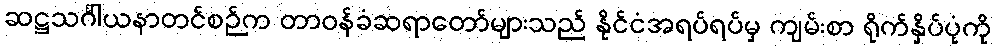
ဆဋ္ဌသင်္ဂါယနာတင်စဉ်က တာဝန်ခံဆရာတော်များသည် နိုင်ငံအရပ်ရပ်မှ ကျမ်းစာ ရိုက်နှိပ်ပုံကို